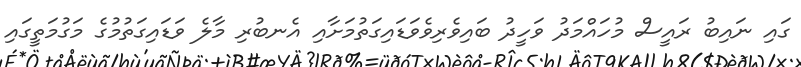
ގައި ނައިބު ރައީސް މުހައްމަދު ވަހީދު ބައިވެރިވެވަޑައިގަތުމަށާއި އެނބުރި މާލެ ވަޑައިގަތުމުގެ މަގުމަތީގައި